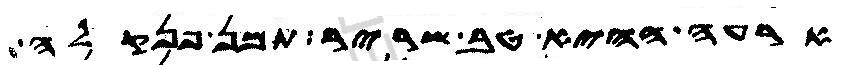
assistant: ארעה ההיא טב שריר תמן פנקלה